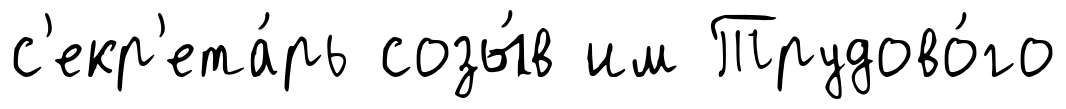
с'екр'ета́рь созы́в им Трудово́го